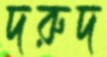
দরুদ